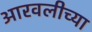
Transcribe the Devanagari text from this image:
आरवलीच्या